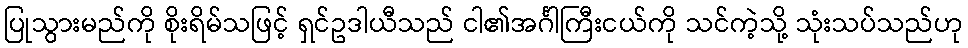
ပြုသွားမည်ကို စိုးရိမ်သဖြင့် ရှင်ဥဒါယီသည် ငါ၏အင်္ဂါကြီးငယ်ကို သင်ကဲ့သို့ သုံးသပ်သည်ဟု